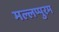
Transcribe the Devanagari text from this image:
मल्लप्पुरम